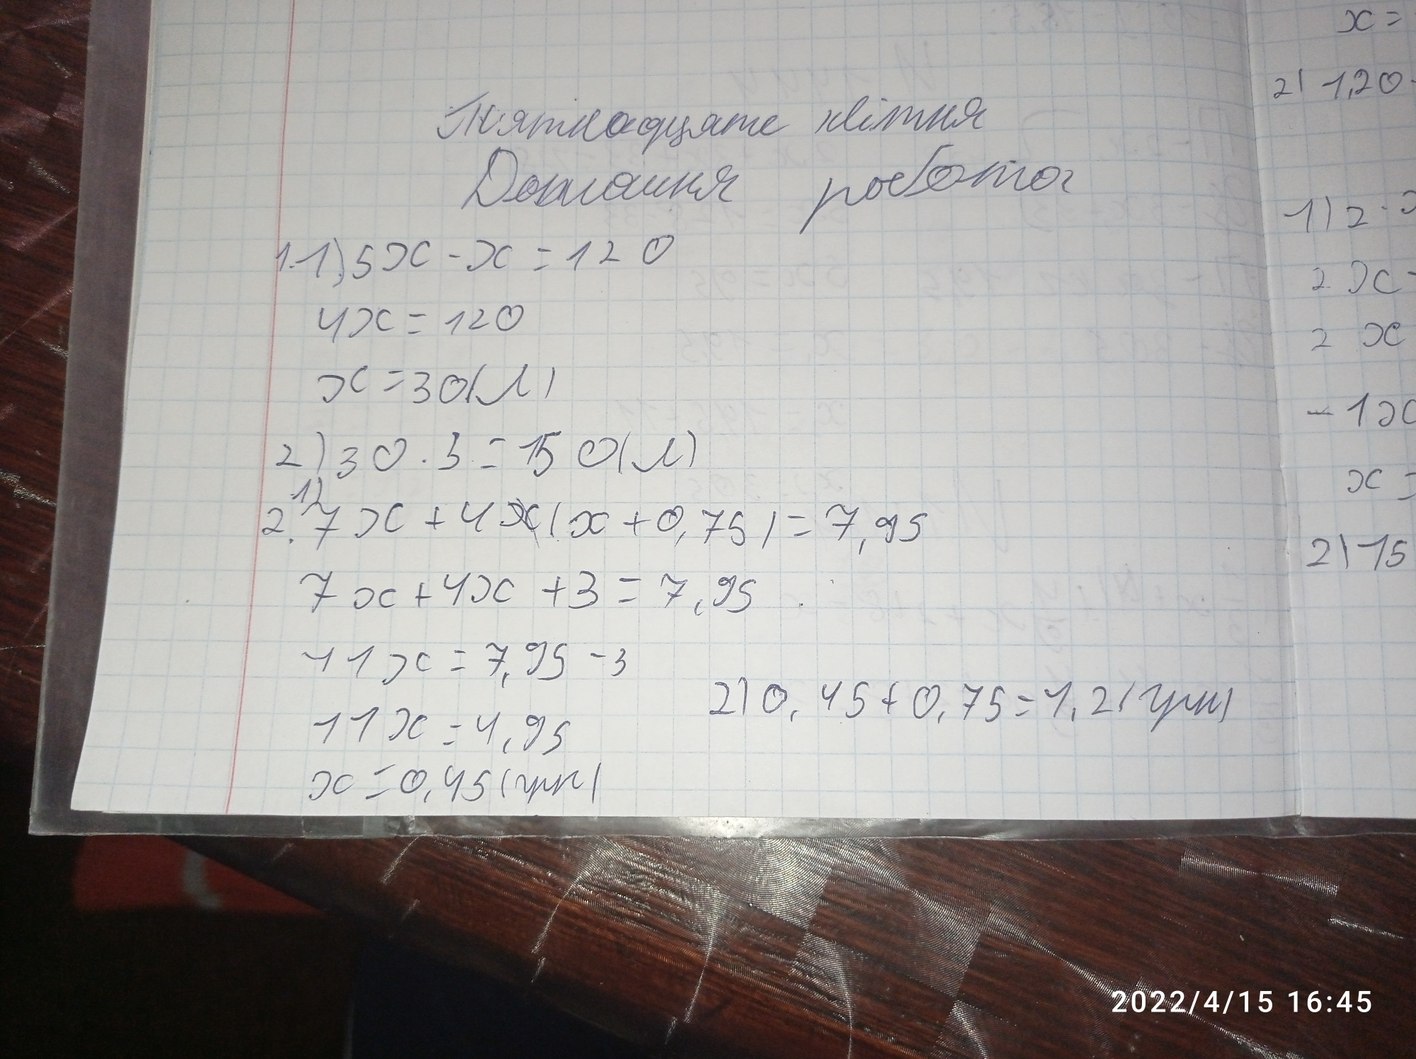
П'ятнадцяте квітня
Домашня робота
1. 1) 5x - x = 120
4x = 120
x = 30 (л)
2) 30 * 5 = 150 (л)
2. 7x + 4x(x + 0,75) = 7,95
7x + 4x + 3 = 7,95
11x = 7,95 - 3
2) 0,45 + 0,75 = 1,2 (грн)
11x = 4,95
x = 0,45 (грн)
2022/4/15 16:45